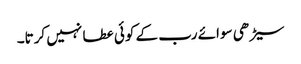
سیڑھی سوائے رب کے کوئی عطا نہیں کرتا۔